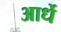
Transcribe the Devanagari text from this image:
आर्धे